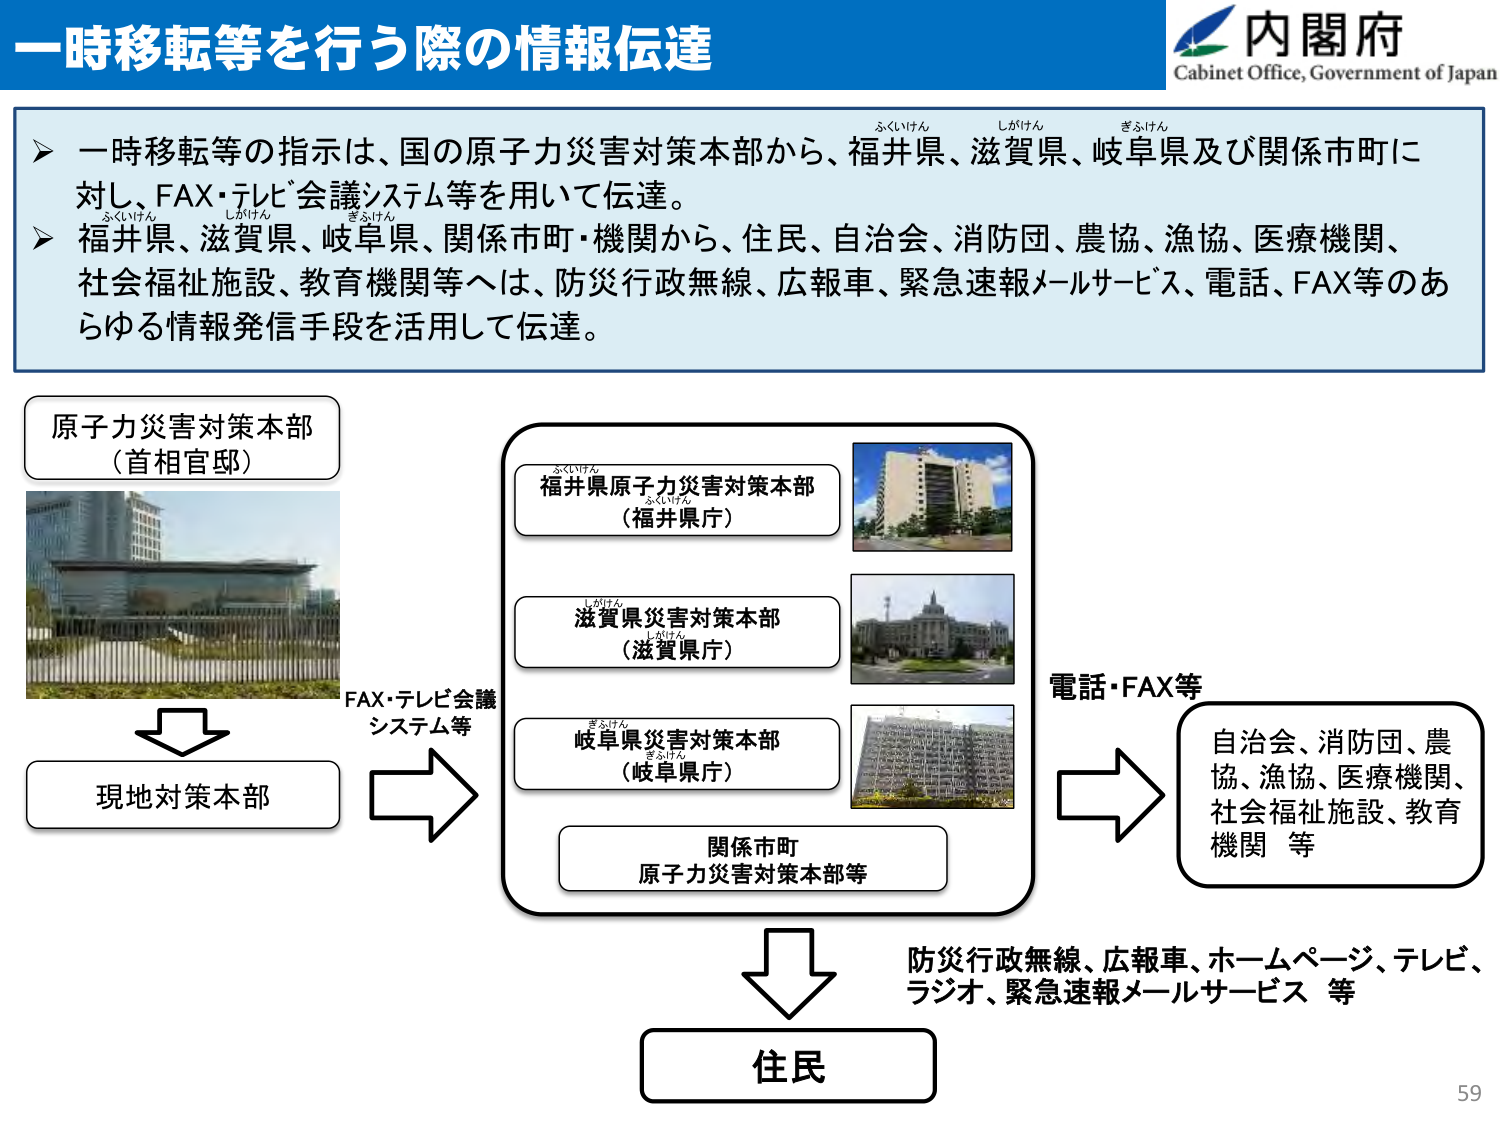
一時移転等を行う際の情報伝達

内閣府
Cabinet Office, Government of Japan

▶ 一時移転等の指示は、国の原子力災害対策本部から、福井県、滋賀県、岐阜県及び関係市町に対し、FAX・テレビ会議システム等を用いて伝達。
　ふくいけん　しがけん　ぎふけん
▶ 福井県、滋賀県、岐阜県、関係市町・機関から、住民、自治会、消防団、農協、漁協、医療機関、社会福祉施設、教育機関等へは、防災行政無線、広報車、緊急速報メールサービス、電話、FAX等のあらゆる情報発信手段を活用して伝達。

原子力災害対策本部
（首相官邸）

FAX・テレビ会議
システム等

現地対策本部

福井県原子力災害対策本部
（福井県庁）
　ふくいけん　ふくいけん

滋賀県災害対策本部
（滋賀県庁）
　しがけん　しがけん

岐阜県災害対策本部
（岐阜県庁）
　ぎふけん　ぎふけん

関係市町
原子力災害対策本部等

電話・FAX等

自治会、消防団、農協、漁協、医療機関、社会福祉施設、教育機関 等

防災行政無線、広報車、ホームページ、テレビ、ラジオ、緊急速報メールサービス 等

住民

59